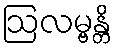
ဩလမ္ဗန္တိ